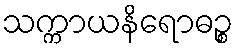
သက္ကာယနိရောဓဉ္စ